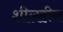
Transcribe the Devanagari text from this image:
शीलहीन